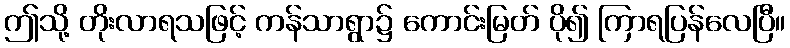
ဤသို့ တိုးလာရသဖြင့် ကန်သာရွာ၌ ကောင်းမြတ် ပို၍ ကြာရပြန်လေပြီ။